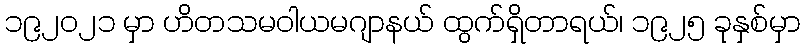
၁၉၂၀၂၁ မှာ ဟိတသမဝါယမဂျာနယ် ထွက်ရှိတာရယ်၊ ၁၉၂၅ ခုနှစ်မှာ